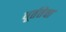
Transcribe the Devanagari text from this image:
धूर्ततेचा